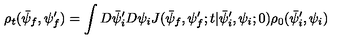
\rho _ { t } ( \bar { \psi } _ { f } , \psi _ { f } ^ { \prime } ) = \int D \bar { \psi } _ { i } ^ { \prime } D \psi _ { i } J ( \bar { \psi } _ { f } , \psi _ { f } ^ { \prime } ; t | \bar { \psi } _ { i } ^ { \prime } , \psi _ { i } ; 0 ) \rho _ { 0 } ( \bar { \psi } _ { i } ^ { \prime } , \psi _ { i } )